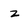
Character: z